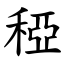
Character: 稏